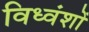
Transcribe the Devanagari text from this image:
विध्वंशों